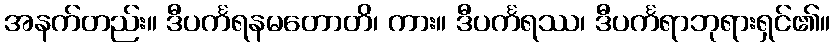
အနက်တည်း။ ဒီပင်္ကရနမတောတိ၊ ကား။ ဒီပင်္ကရဿ၊ ဒီပင်္ကရာဘုရားရှင်၏။